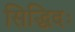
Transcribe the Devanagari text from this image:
सिद्धिदः